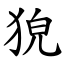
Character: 㹸